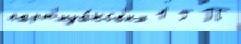
парт'иза́нск'их 1 Г П